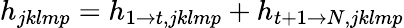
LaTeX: h_{jklmp}=h_{1\rightarrow t,jklmp}+h_{t+1\rightarrow N,jklmp}